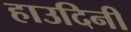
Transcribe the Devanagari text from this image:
हाउदिनी